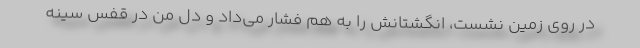
در روی زمین نشست، انگشتانش را به هم فشار می‌داد و دل من در قفس سینه